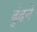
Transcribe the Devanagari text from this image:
ढु॑ढने